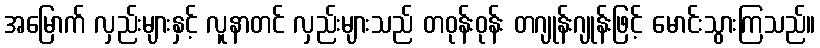
အမြောက် လှည်းများနှင့် လူနာတင် လှည်းများသည် တဝုန်းဝုန်း တဂျုန်းဂျုန်းဖြင့် မောင်းသွားကြသည်။